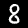
Digit: 8